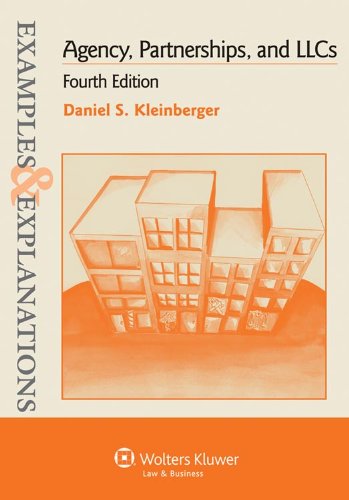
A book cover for Examples & Explanations: Agency Partnerships & LLC, 4th Edition; Daniel S. Kleinberger; Law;